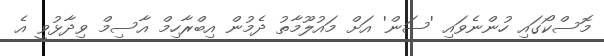
މޮސްކޯގައި ހުންނެވައި 'ސަން' އަށް މައުލޫމާތު ދެމުން އިބްރާހިމް އާސިމް ވިދާޅުވީ އެ